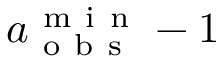
a _ { \mathrm { ~ o ~ b ~ s ~ } } ^ { \mathrm { ~ m ~ i ~ n ~ } } - 1